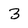
Character: 3